Civil Veterinary Department. Madras. Admin. report 1926-33 - 1926-1933
Year: 1926
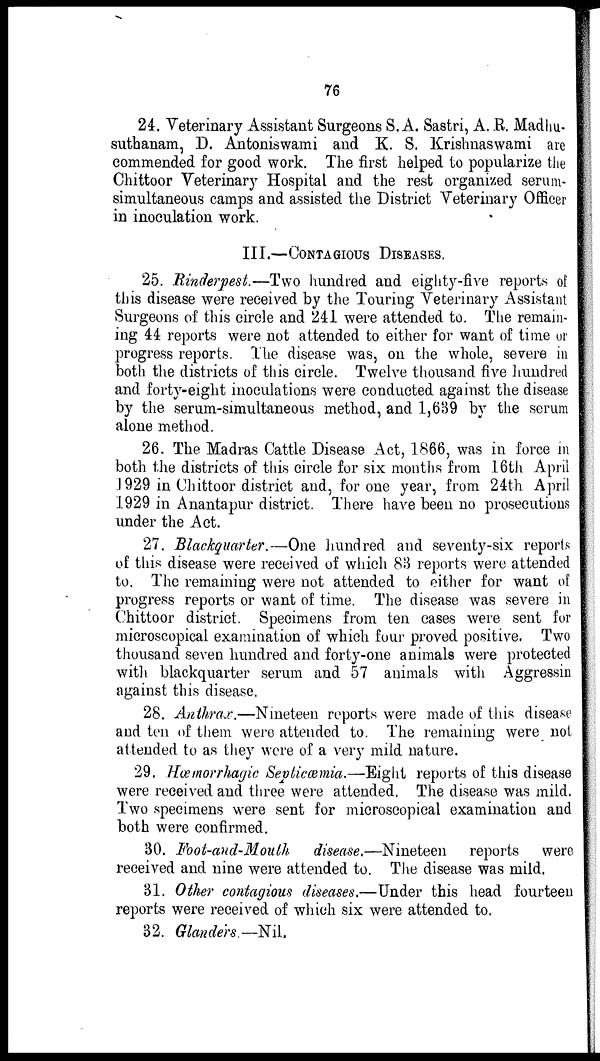
76
24. Veterinary Assistant Surgeons S. A. Sastri, A. R. Madhu-
suthanam, D. Antoniswami and K. S. Krishnaswami are
commended for good work. The first helped to popularize the
Chittoor Veterinary Hospital and the rest organized serum-
simultaneous camps and assisted the District Veterinary Officer
in inoculation work.
III.—CONTAGIOUS DISEASES.
25. Rinderpest.—Two hundred and eighty-five reports of
this disease were received by the Touring Veterinary Assistant
Surgeons of this circle and 241 were attended to. The remain-
ing 44 reports were not attended to either for want of time or
progress reports. The disease was, on the whole, severe in
both the districts of this circle. Twelve thousand five hundred
and forty-eight inoculations were conducted against the disease
by the serum-simultaneous method, and 1,639 by the serum
alone method.
26. The Madras Cattle Disease Act, 1866, was in force in
both the districts of this circle for six months from 16th April
1929 in Chittoor district and, for one year, from 24th April
1929 in Anantapur district. There have been no prosecutions
under the Act.
27. Blackquarter.—One hundred and seventy-six reports
of this disease were received of which 83 reports were attended
to. The remaining were not attended to either for want of
progress reports or want of time. The disease was severe in
Chittoor district. Specimens from ten cases were sent for
microscopical examination of which four proved positive. Two
thousand seven hundred and forty-one animals were protected
with blackquarter serum and 57 animals with Aggressin
against this disease.
28. Anthrax.—Nineteen reports were made of this disease
and ten of them were attended to. The remaining were not
attended to as they were of a very mild nature.
29. Hæmorrhagic Septicæmia.—Eight reports of this disease
were received and three were attended, The disease was mild.
Two specimens were sent for microscopical examination and
both were confirmed.
30. Foot-and-Mouth
disease.—Nineteen reports were
received and nine were attended to. The disease was mild.
31. Other contagious diseases.—Under this head fourteen
reports were received of which six were attended to.
32. Glanders.—Nil.